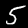
Label: 5